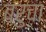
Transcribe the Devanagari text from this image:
बरुचा